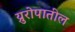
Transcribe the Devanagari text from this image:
य्रुरोपातील